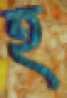
হ